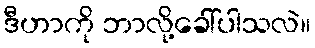
ဒီဟာကို ဘာလို့ခေါ်ပါသလဲ။